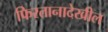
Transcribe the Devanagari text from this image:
फिरतानादेखील